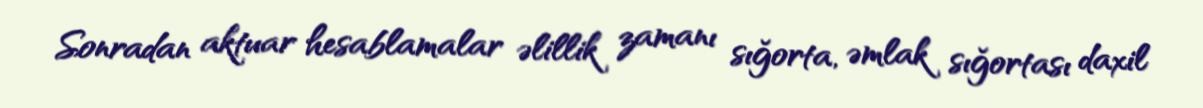
Sonradan aktuar hesablamalar əlillik zamanı sığorta, əmlak sığortası daxil